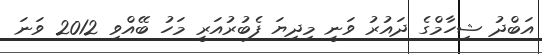
އަބްދު ޝިހާމްގެ ދައުރު ވަނީ މިދިޔަ ފެބުރުއަރީ މަހު ބޭއްވި 2012 ވަނަ